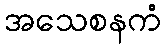
အသေစနကံ